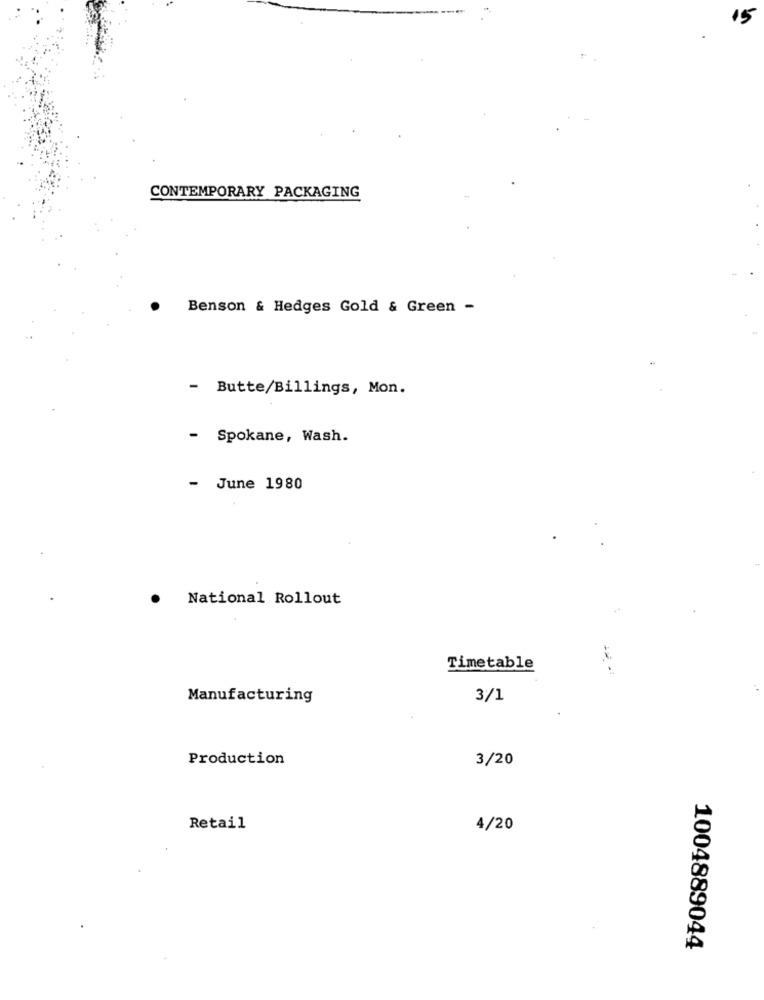
CONTEMPORARY PACKAGING
Benson & Hedges Gold & Green -
- Butte/Billings, Mon.
- Spokane, Wash.
- June 1980
National Rollout
Timetable
- -
Manufacturing
3/1
Production
3/20
Retail
4/20
1004889044